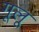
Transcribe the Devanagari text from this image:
गूलू